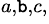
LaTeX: ^{a,\mathtt{b},c,}